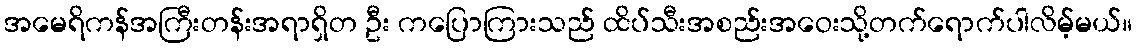
အမေရိကန်အကြီးတန်းအရာရှိတ ဦး ကပြောကြားသည် ထိပ်သီးအစည်းအဝေးသို့တက်ရောက်ပါလိမ့်မယ်။